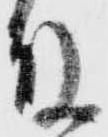
殿